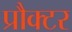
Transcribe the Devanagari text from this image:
प्रौक्टर